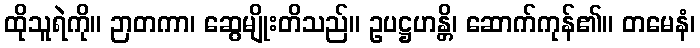
ထိုသူရဲကို။ ဉာတကာ၊ ဆွေမျိုးတိသည်။ ဥပဋ္ဌဟန္တိ၊ ဆောက်ကုန်၏။ တမေနံ၊